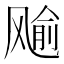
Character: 𱃞